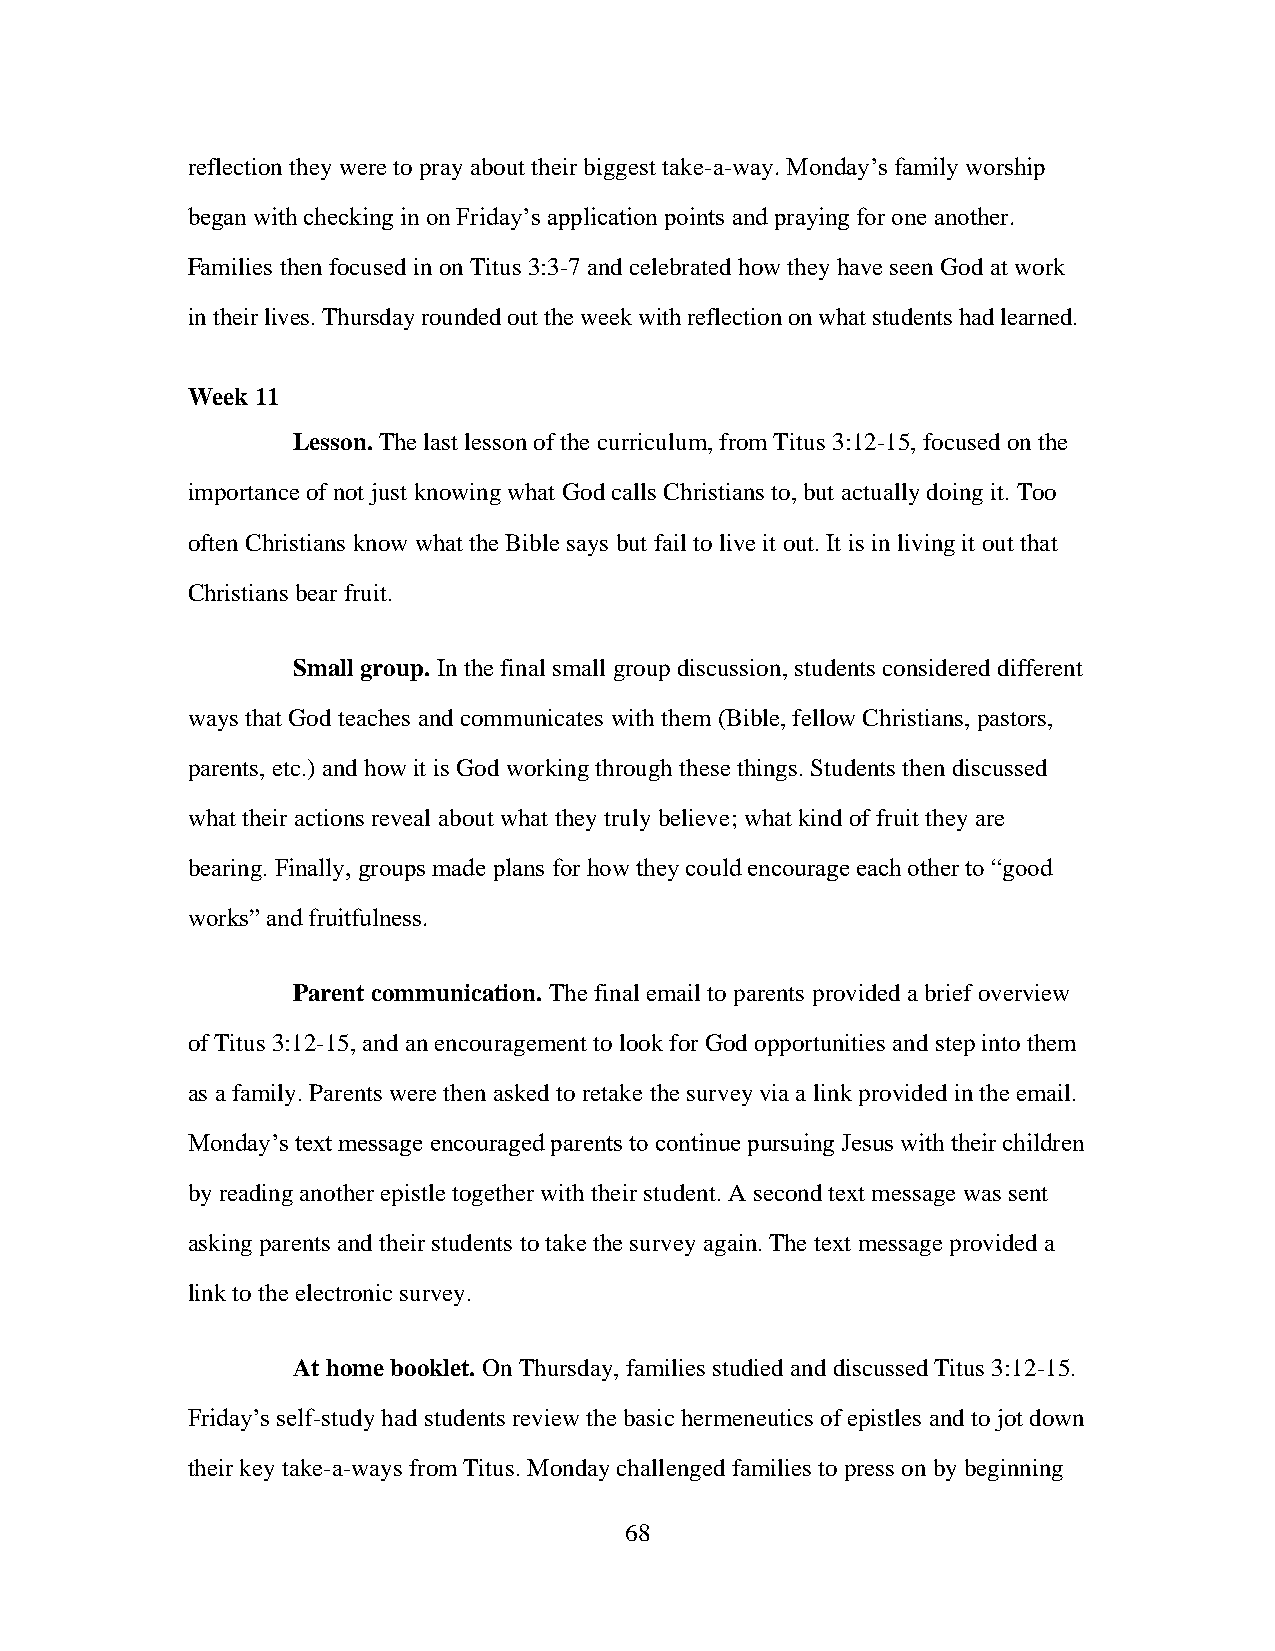
reflection they were to pray about their biggest take-a-way. Monday’s family worship
 began with checking in on Friday’s application points and praying for one another.
 Families then focused in on Titus 3:3-7 and celebrated how they have seen God at work
 in their lives. Thursday rounded out the week with reflection on what students had learned.
 Week 11
 Lesson. The last lesson of the curriculum, from Titus 3:12-15, focused on the
 importance of not just knowing what God calls Christians to, but actually doing it. Too
 often Christians know what the Bible says but fail to live it out. It is in living it out that
 Christians bear fruit.
 Small group. In the final small group discussion, students considered different
 ways that God teaches and communicates with them (Bible, fellow Christians, pastors,
 parents, etc.) and how it is God working through these things. Students then discussed
 what their actions reveal about what they truly believe; what kind of fruit they are
 bearing. Finally, groups made plans for how they could encourage each other to “good
 works” and fruitfulness.
 Parent communication. The final email to parents provided a brief overview
 of Titus 3:12-15, and an encouragement to look for God opportunities and step into them
 as a family. Parents were then asked to retake the survey via a link provided in the email.
 Monday’s text message encouraged parents to continue pursuing Jesus with their children
 by reading another epistle together with their student. A second text message was sent
 asking parents and their students to take the survey again. The text message provided a
 link to the electronic survey.
 At home booklet. On Thursday, families studied and discussed Titus 3:12-15.
 Friday’s self-study had students review the basic hermeneutics of epistles and to jot down
 their key take-a-ways from Titus. Monday challenged families to press on by beginning
 68